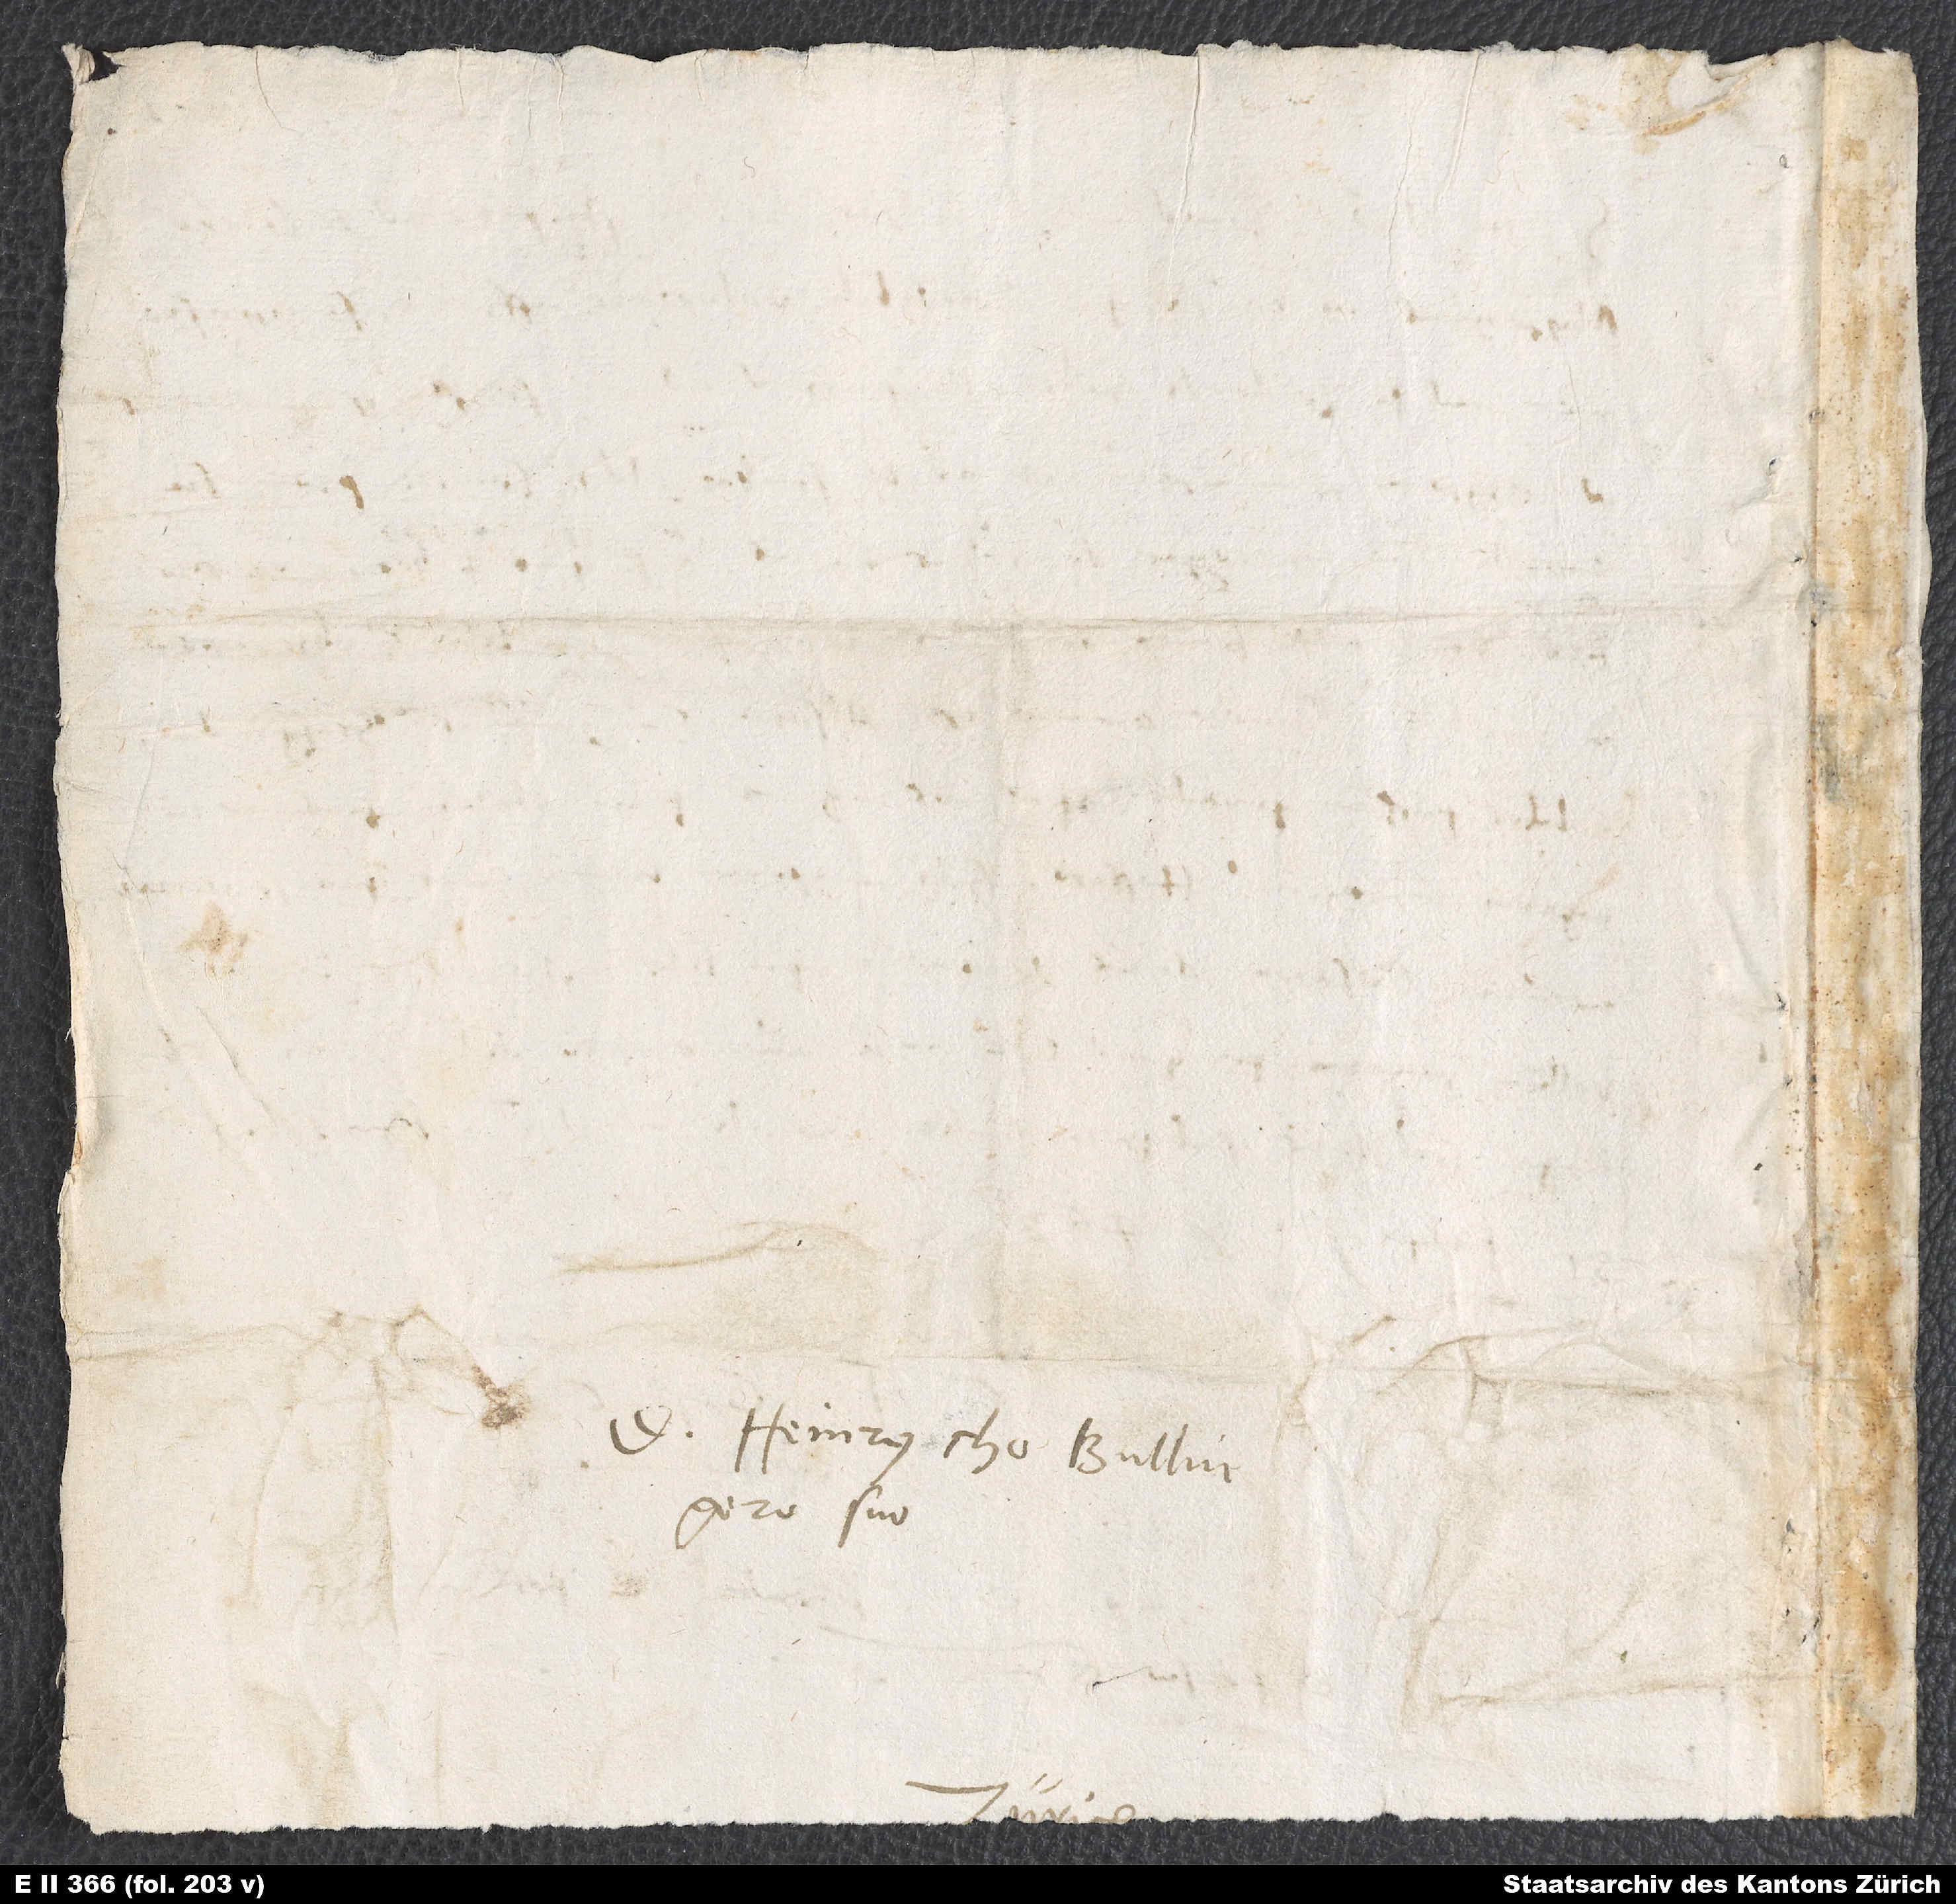
D. Heinrycho Bullingero
suo.